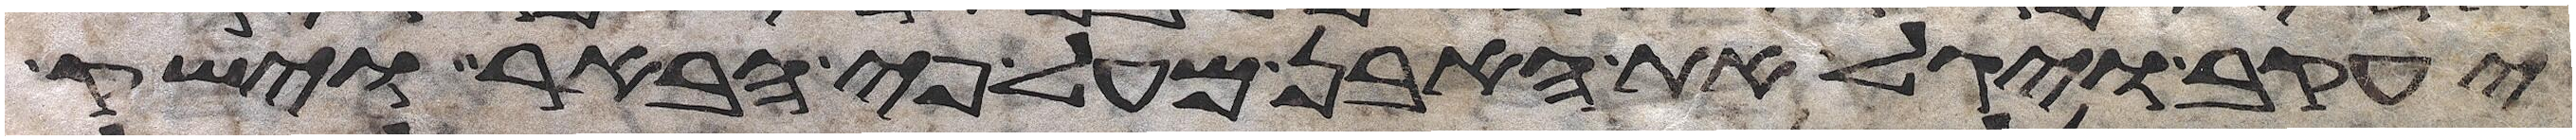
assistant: יעקב ויגל את האבן מעל פי הבאר וישק